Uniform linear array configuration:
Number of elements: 12
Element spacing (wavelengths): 0.5
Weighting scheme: exponential
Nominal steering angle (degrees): -60
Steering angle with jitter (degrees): -59.204
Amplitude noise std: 0.05
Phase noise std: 0.05

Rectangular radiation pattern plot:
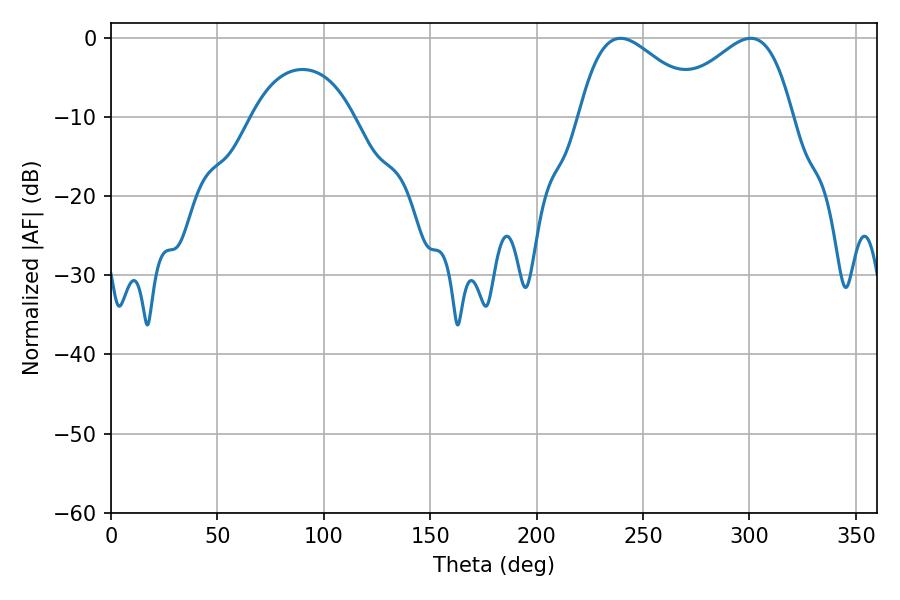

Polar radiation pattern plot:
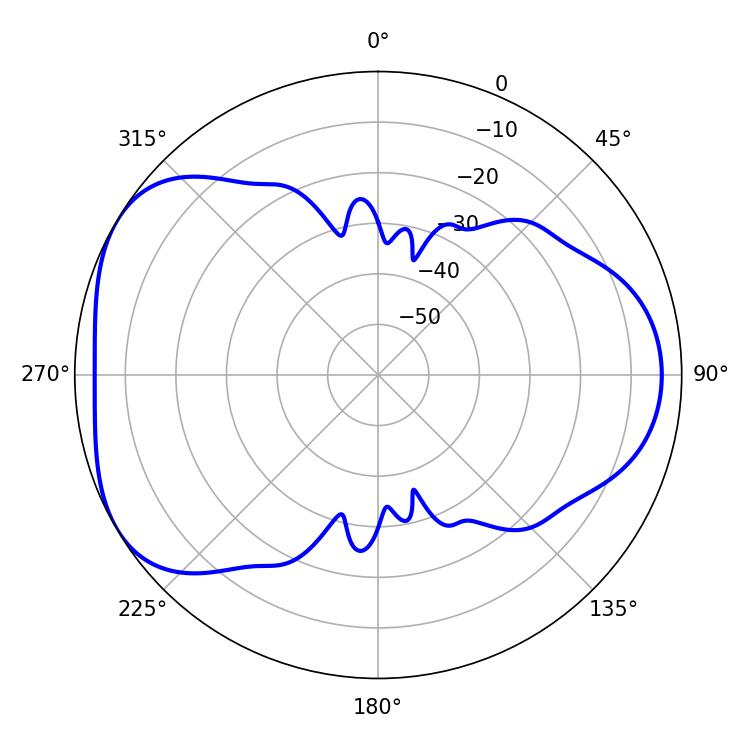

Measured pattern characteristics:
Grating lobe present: FALSE
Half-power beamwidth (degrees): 31.14
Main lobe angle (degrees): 239.4